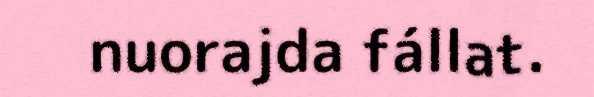
nuorajda fállat.